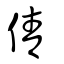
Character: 倩